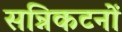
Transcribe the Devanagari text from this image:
सन्निकटनों